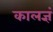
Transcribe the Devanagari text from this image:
कालज्ञं